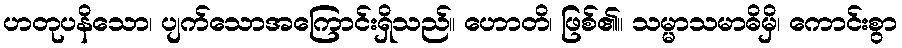
ဟတုပနိသော၊ ပျက်သောအကြောင်းရှိသည်။ ဟောတိ၊ ဖြစ်၏။ သမ္မာသမာဓိမှိ၊ ကောင်းစွာ